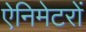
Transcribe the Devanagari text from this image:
ऐनिमेटरों